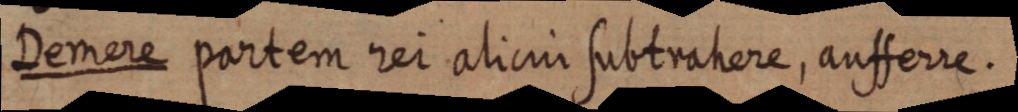
Demere partem rei alicui subtrahere, aufferre.